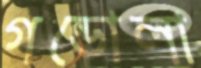
গন্ডোলা